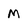
Character: M